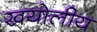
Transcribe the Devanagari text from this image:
खयोलीय